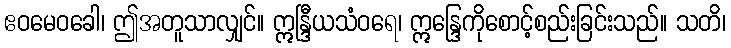
ဧဝမေဝခေါ၊ ဤအတူသာလျှင်။ ဣန္ဒြီယသံဝရေ၊ ဣန္ဒြေကိုစောင့်စည်းခြင်းသည်။ သတိ၊